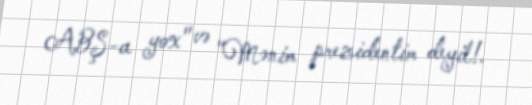
ABŞ-a yox" və "Mənim prezidentim deyil!.